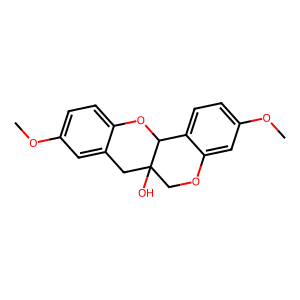
SMILES: COc1ccc2c(c1)CC1(O)COc3cc(OC)ccc3C1O2
Inhibits HIV replication: No